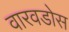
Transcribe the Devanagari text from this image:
वारवडोस